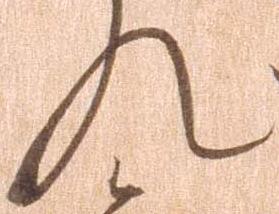
れ